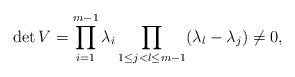
\begin{align*}\det V = \prod_{i=1}^{m-1} \lambda_i \prod_{1\leq j<l \leq m-1} (\lambda_l - \lambda_j) \neq 0,\end{align*}